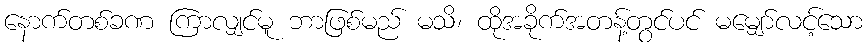
နောက်တစ်ခဏ ကြာလျှင်မူ ဘာဖြစ်မည် မသိ၊ ထိုအခိုက်အတန့်တွင်ပင် မမျှော်လင့်သော